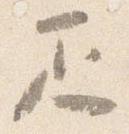
疋